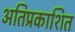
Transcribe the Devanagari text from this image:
अतिप्रकाशित